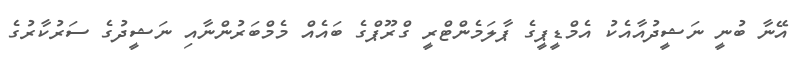
އޭނާ ބުނީ ނަޝީދުއާއެކު އެމްޑީޕީގެ ޕާލަމެންޓްރީ ގްރޫޕްގެ ބައެއް މެމްބަރުންނާއި ނަޝީދުގެ ސަރުކާރުގެ